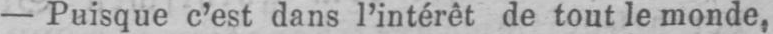
- Puisque c’est dans l’intérêt de tout le monde,